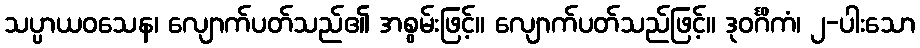
သပ္ပာယဝသေန၊ လျောက်ပတ်သည်၏ အစွမ်းဖြင့်။ လျောက်ပတ်သည်ဖြင့်။ ဒုဝင်္ဂိကံ၊ ၂-ပါးသော